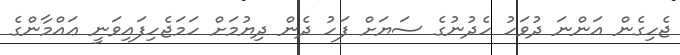
ޖެހިގެން އަންނަ ދުވަހު ހެދުނުގެ ސަޔަށް ފަހު ދެން ދިޔުމަށް ހަމަޖެހިފައިވަނީ ޢައްމާންގެ